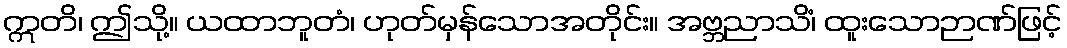
ဣတိ၊ ဤသို့။ ယထာဘူတံ၊ ဟုတ်မှန်သောအတိုင်း။ အဗ္ဘညာသိံ၊ ထူးသောဉာဏ်ဖြင့်